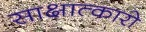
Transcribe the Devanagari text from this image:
साक्षात्कारो